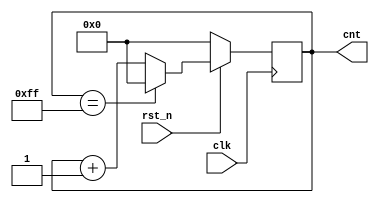
module counter1(clk,rst_n,cnt);
	input clk;
	input rst_n;
	output reg [7:0] cnt; //
	always @ (posedge clk)   // @
	begin : proc_
		if(~rst_n) begin
			 cnt <= 8'b0;//rst_n0 8'd0
		end
		else
			begin
				if(cnt == 8'b11111111)  //8'd255
				begin
					cnt <= 8'b0;
				end
				else
					begin
					cnt <= cnt + 1;
					end
			end
	end
endmodule